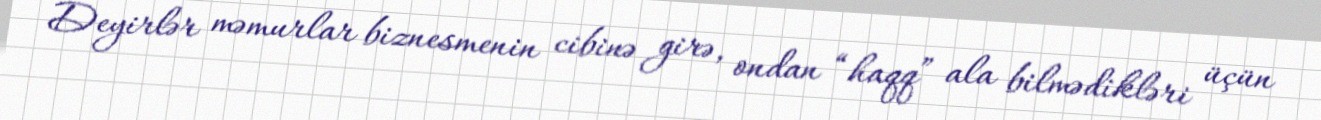
Deyirlər məmurlar biznesmenin cibinə girə, ondan “haqq” ala bilmədikləri üçün